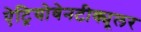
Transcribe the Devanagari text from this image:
ऐट्रियोवेनटीक्यूलर